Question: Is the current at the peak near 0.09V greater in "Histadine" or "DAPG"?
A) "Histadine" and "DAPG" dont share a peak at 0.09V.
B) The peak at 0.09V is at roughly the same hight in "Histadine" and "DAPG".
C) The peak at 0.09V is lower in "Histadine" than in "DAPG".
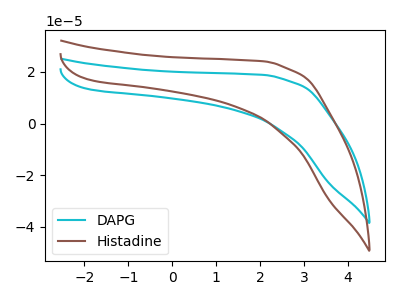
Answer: <think>The cyan curve "DAPG" has no peaks. The brown curve "Histadine" has no peaks.</think>
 <answer>A) "Histadine" and "DAPG" dont share a peak at 0.09V.</answer>
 <eval>A</eval>